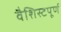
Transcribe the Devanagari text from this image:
वैशिस्टपूर्ण